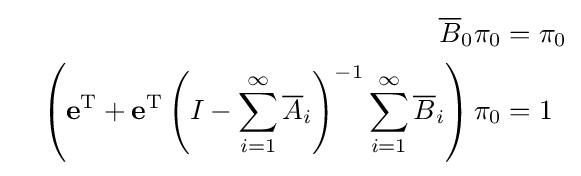
{\begin{aligned}{\overline {B}}_{0}\pi _{0}&=\pi _{0}\\\quad \left(\mathbf {e} ^{\text{T}}+\mathbf {e} ^{\text{T}}\left(I-\sum _{i=1}^{\infty }{\overline {A}}_{i}\right)^{-1}\sum _{i=1}^{\infty }{\overline {B}}_{i}\right)\pi _{0}&=1\end{aligned}}